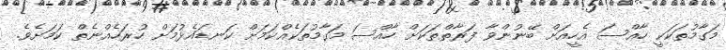
މަގާމުތަކަކީ ހާއްސަ އެހީއަށް ބޭނުންވާ ފަރާތްތަކަށް ހާއްސަ މަގާމުތަކެއްކަމަށް ކަނޑައެޅުމަށް ހުރަހެއްނެތް ކަމަށެވެ.